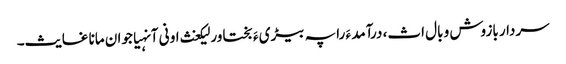
سردار بازوش و بال اث، درآمد ءَ را پہ بیڑی ءَ بختاور لیکغث او نی آنہیاجوان مانا غایث۔